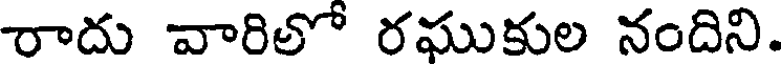
రాదు వారిలో రఘుకుల నందిని.